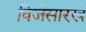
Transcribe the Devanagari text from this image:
विजेसारखे